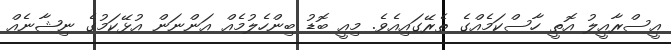
އީސްރާއީލު އޮތީ ހާސްކަމެއްގެ ތެރޭގައިއެވެ. މިއީ ބޮޑު ބިންހެލުމެއް އަންނަން އުޅޭކަމުގެ ނިޝާނެއް